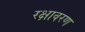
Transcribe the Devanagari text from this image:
रक्षावरण